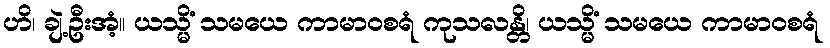
ဟိ၊ ချဲ့ဦးအံ့။ ယသ္မိံ သမယေ ကာမာဝစရံ ကုသလန္တိ၊ ယသ္မိံ သမယေ ကာမာဝစရံ